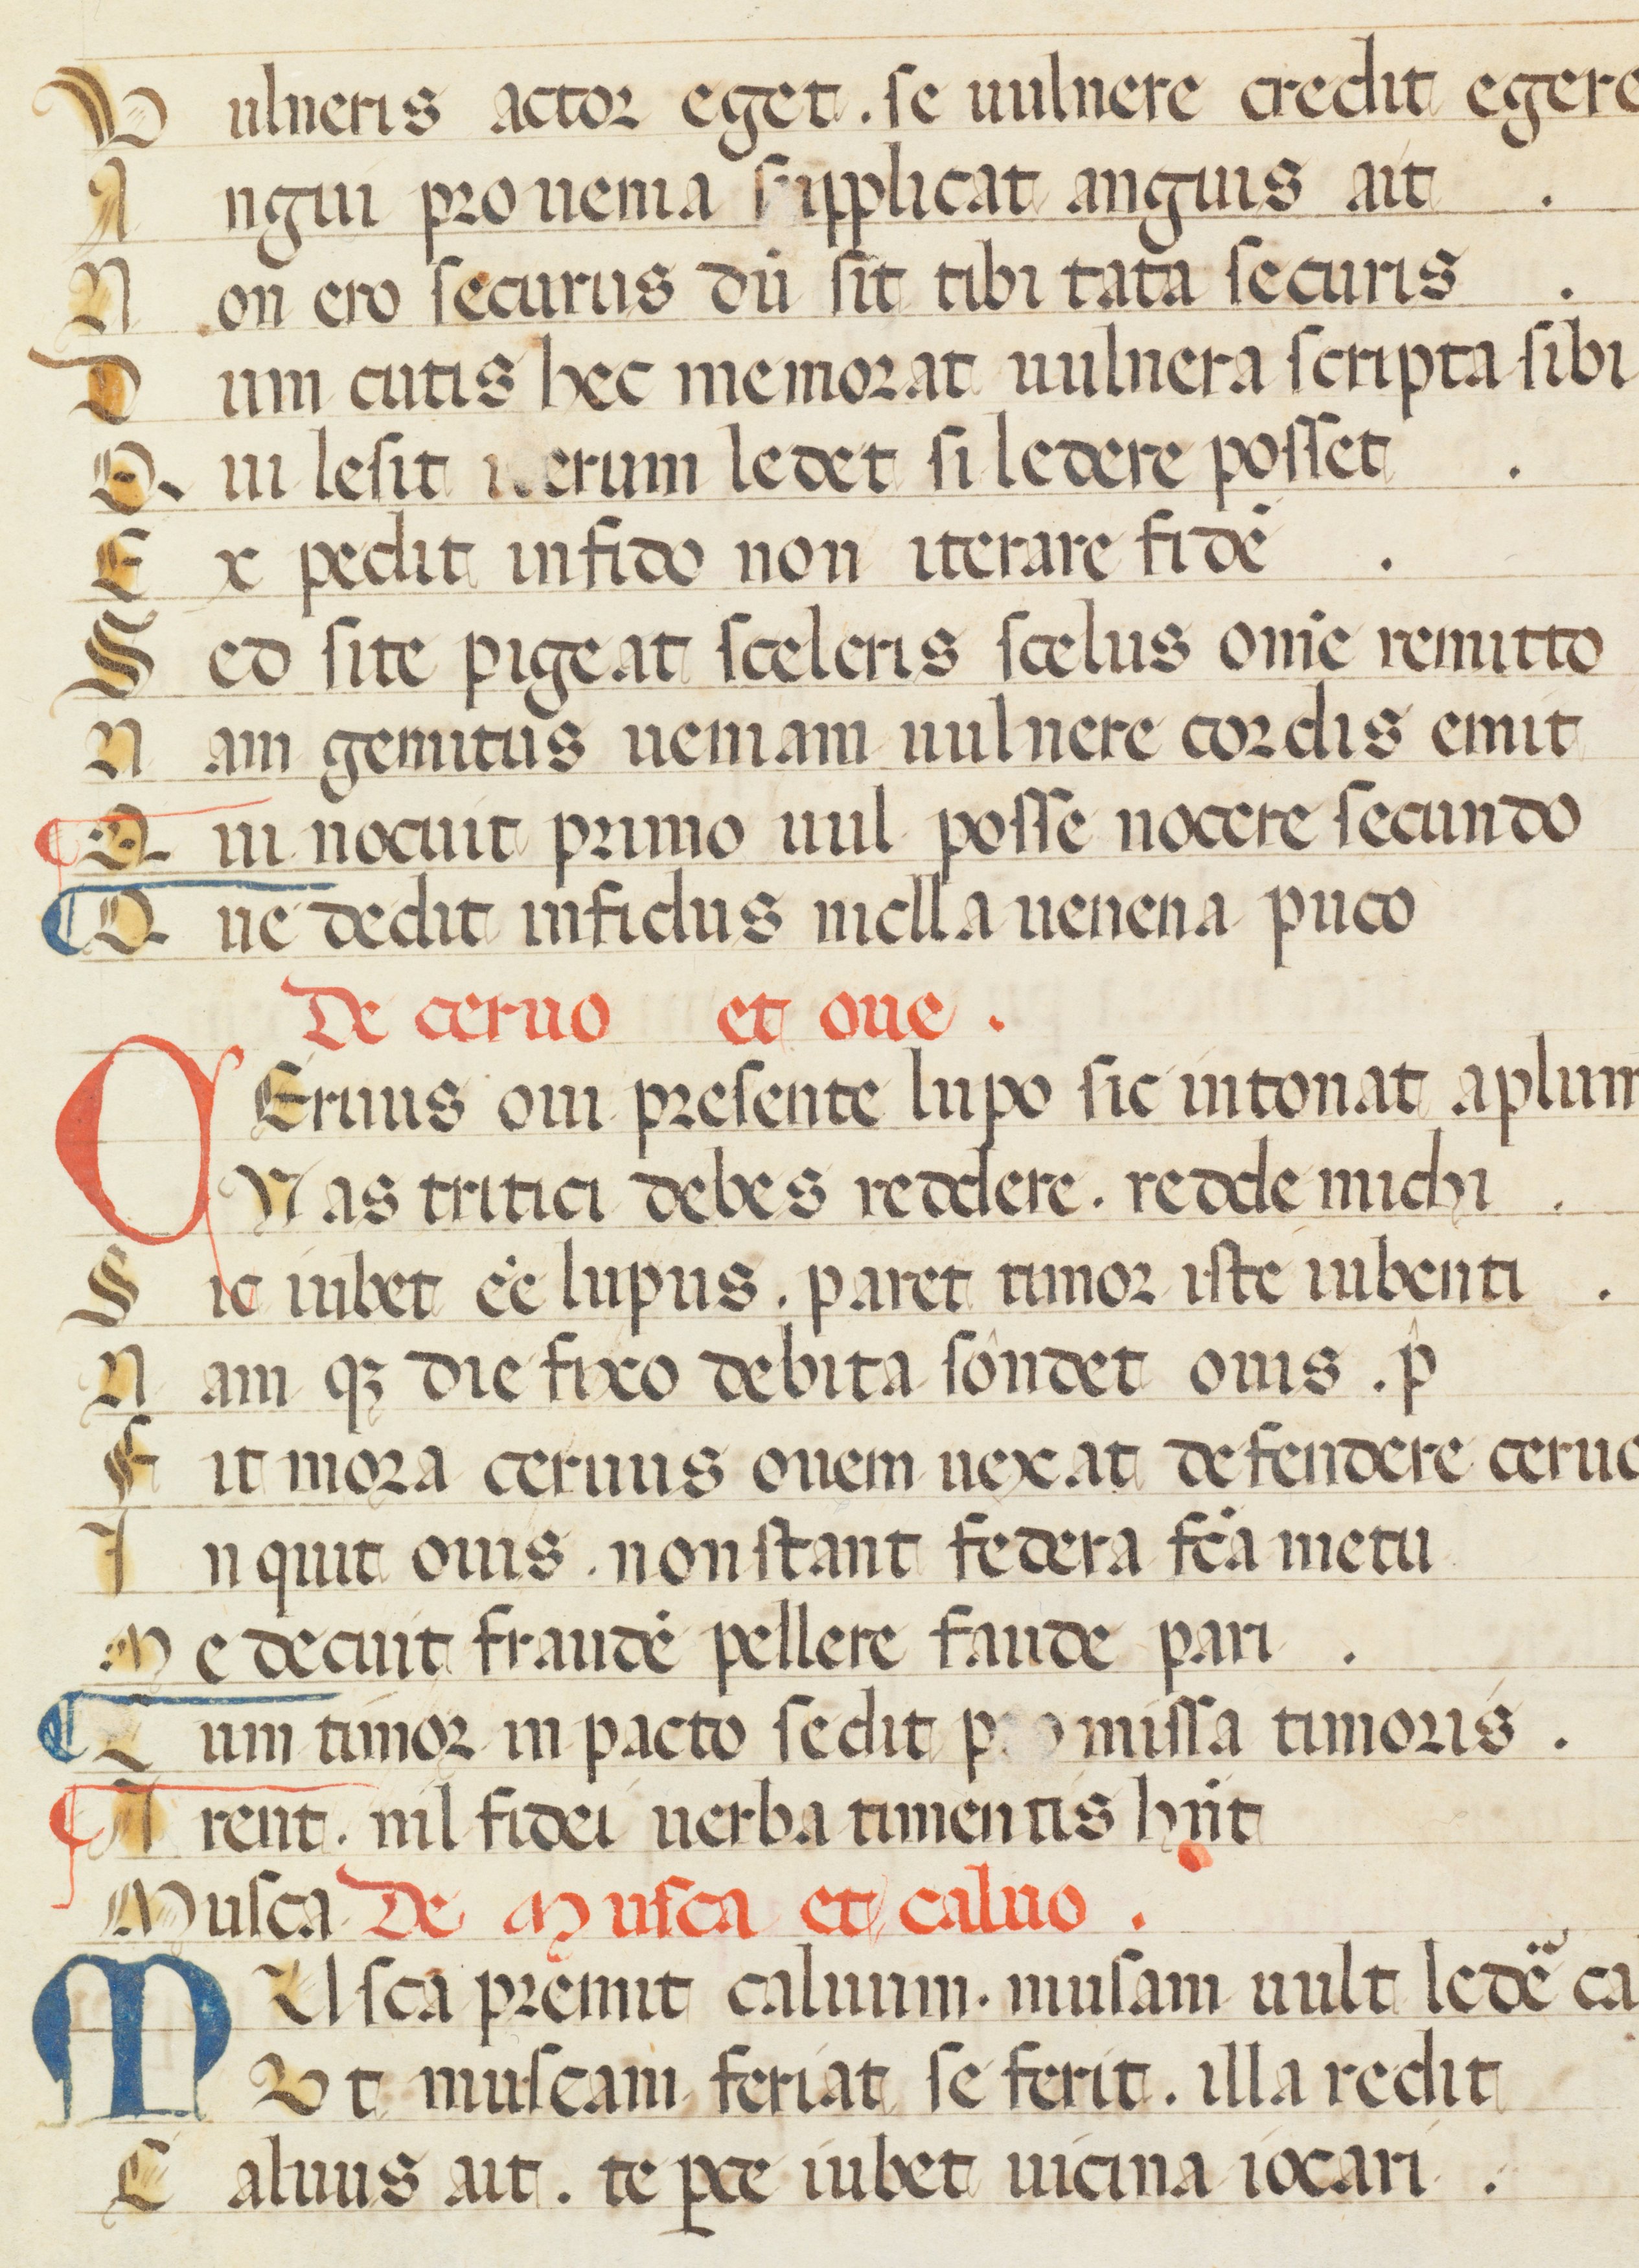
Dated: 1300–1399